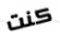
كنت